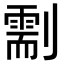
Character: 𠟺